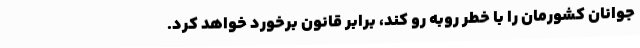
جوانان کشورمان را با خطر روبه رو کند، برابر قانون برخورد خواهد کرد.